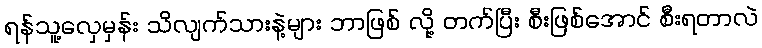
ရန်သူ့လှေမှန်း သိလျက်သားနဲ့များ ဘာဖြစ် လို့ တက်ပြီး စီးဖြစ်အောင် စီးရတာလဲ